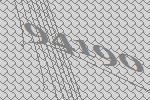
94190